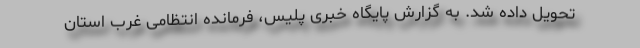
تحویل داده شد. به گزارش پایگاه خبری پلیس، فرمانده انتظامی غرب استان